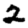
Digit: 2